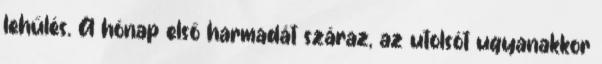
lehűlés. A hónap első harmadát száraz, az utolsót ugyanakkor